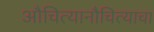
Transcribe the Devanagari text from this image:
औचित्यानौचित्याचा